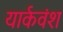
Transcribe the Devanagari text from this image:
यार्कवंश